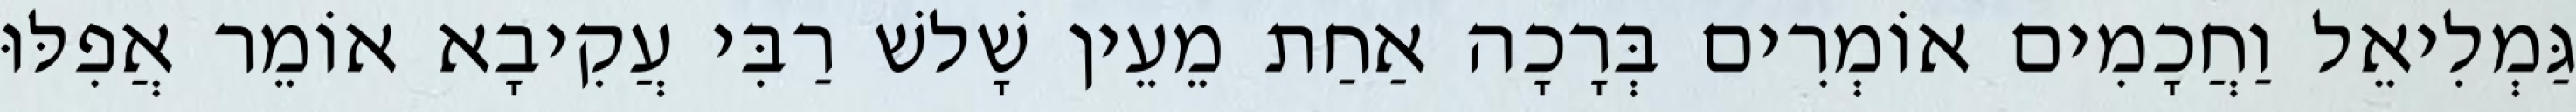
גַּמְלִיאֵל וַחֲכָמִים אוֹמְרִים בְּרָכָה אַחַת מֵעֵין שָׁלשׁ רַבִּי עֲקִיבָא אוֹמֵר אֲפִלּוּ